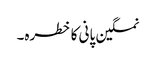
نمکین پانی کا خطرہ۔